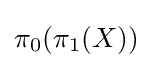
\pi _{0}(\pi _{1}(X))